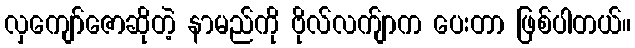
လှကျော်ဇောဆိုတဲ့ နာမည်ကို ဗိုလ်လက်ျာက ပေးတာ ဖြစ်ပါတယ်။